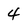
Character: 4